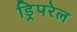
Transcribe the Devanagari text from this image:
ड्रिपरेल